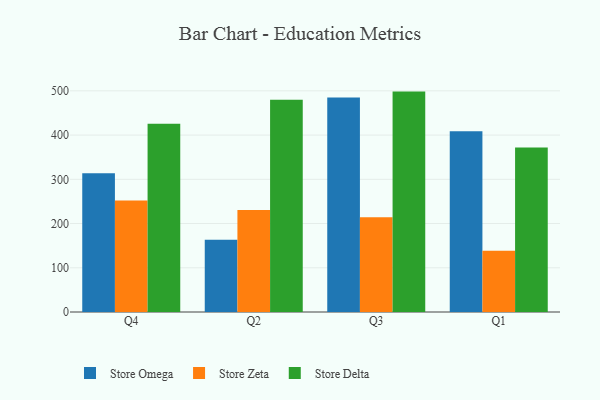
{"axis": {"x": "Quarter", "y": "Headcount"}, "legend": ["Store Delta", "Store Omega", "Store Zeta"], "data": [{"x": "Q4", "y": 313.7, "type": "Store Omega"}, {"x": "Q4", "y": 252.1, "type": "Store Zeta"}, {"x": "Q4", "y": 425.6, "type": "Store Delta"}, {"x": "Q2", "y": 163.3, "type": "Store Omega"}, {"x": "Q2", "y": 230.5, "type": "Store Zeta"}, {"x": "Q2", "y": 479.7, "type": "Store Delta"}, {"x": "Q3", "y": 484.9, "type": "Store Omega"}, {"x": "Q3", "y": 214.2, "type": "Store Zeta"}, {"x": "Q3", "y": 498.3, "type": "Store Delta"}, {"x": "Q1", "y": 408.4, "type": "Store Omega"}, {"x": "Q1", "y": 138.4, "type": "Store Zeta"}, {"x": "Q1", "y": 372.0, "type": "Store Delta"}]}